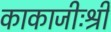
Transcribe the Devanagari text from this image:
काकाजीःश्री